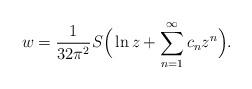
LaTeX: \begin{align*}w = \frac{1}{32\pi^2} S \Big(\ln z +\sum\limits_{n=1}^\infty c_n z^n\Big).\end{align*}